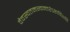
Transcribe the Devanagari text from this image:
वैवस्वतमन्वन्तरेऽष्टाविंशति